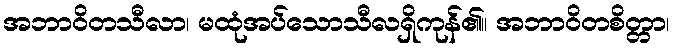
အဘာဝိတသီလာ၊ မထုံအပ်သောသီလရှိကုန်၏။ အဘာဝိတစိတ္တာ၊